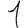
Digit: 1